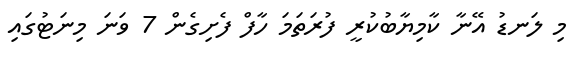
މި ލަނޑު އޭނާ ކާމިޔާބުކުރީ ފުރަތަމަ ހާފް ފެށިގެން 7 ވަނަ މިނަޓުގައި